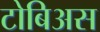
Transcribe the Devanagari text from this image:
टोबिअस